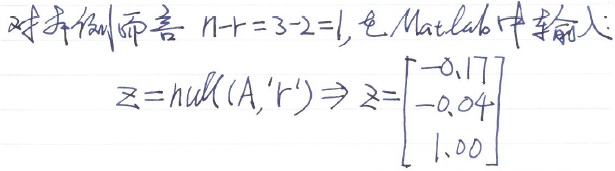
对本例而言 \(n - r = 3 - 2 = 1\)，在Matlab中输入：
\[z = \text{null}(A,'r')\Rightarrow z=\begin{bmatrix}-0.17\\-0.04\\1.00\end{bmatrix}\]
（注：这里 \(n\) 可能是未知数个数，\(r\) 可能是矩阵 \(A\) 的秩 ）